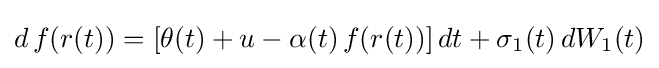
d\,f(r(t))=\left[\theta (t)+u-\alpha (t)\,f(r(t))\right]dt+\sigma _{1}(t)\,dW_{1}(t)